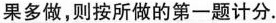
果多做，则按所做的第一题计分。